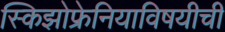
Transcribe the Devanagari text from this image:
स्किझोफ्रेनियाविषयीची